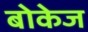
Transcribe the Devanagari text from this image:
बोकेज